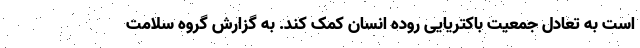
است به تعادل جمعیت باکتریایی روده انسان کمک کند. به گزارش گروه سلامت